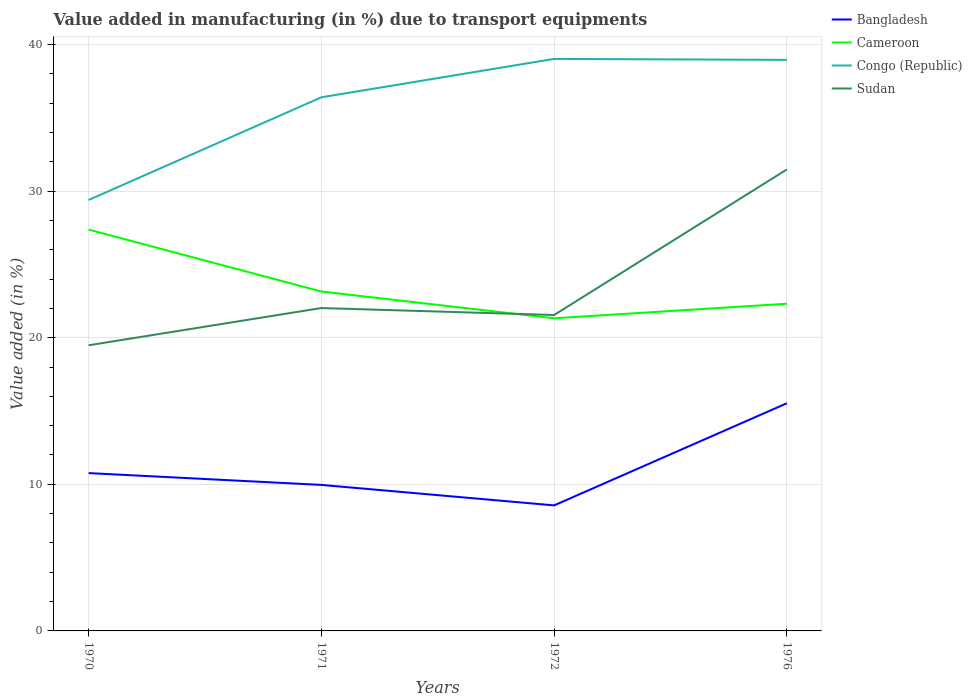
| Years | Bangladesh | Cameroon | Congo (Republic) | Sudan |
 | --- | --- | --- | --- | --- |
 | 1970 | 10.8 | 27.4 | 29.4 | 19.5 |
 | 1971 | 9.96 | 23.2 | 36.4 | 22 |
 | 1972 | 8.56 | 21.3 | 39 | 21.5 |
 | 1976 | 15.5 | 22.3 | 39 | 31.5 |